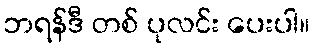
ဘရန်ဒီ တစ် ပုလင်း ပေးပါ။